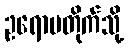
ဥရောပတိုက်သို့